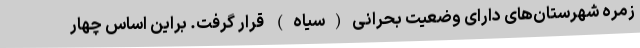
زمره شهرستان‌های دارای وضعیت بحرانی(سیاه) قرار گرفت. براین اساس چهار